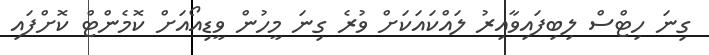
ގިނަ ހިޓްސް ލިބިފައިވާއިރު ލައްކައަކަށް ވުރެ ގިނަ މީހުން ވީޑިއޯއަށް ކޮމެންޓް ކޮށްފައި